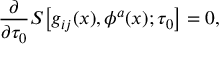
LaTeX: { \frac { \partial } { \partial \tau _ { 0 } } } S \bigl [ g _ { i j } ( x ) , \phi ^ { a } ( x ) ; \tau _ { 0 } \bigr ] = 0 ,